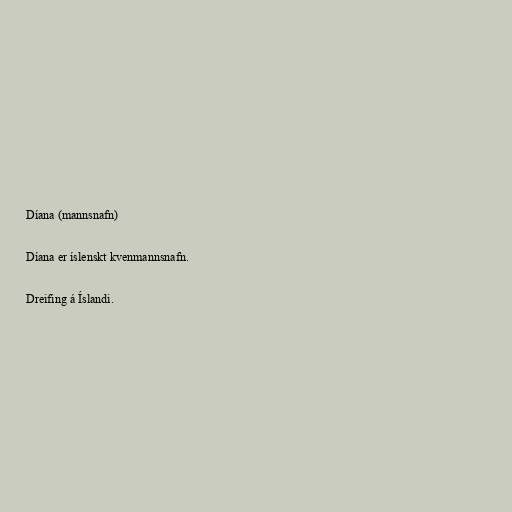
Díana (mannsnafn)

Díana er íslenskt kvenmannsnafn.

Dreifing á Íslandi.